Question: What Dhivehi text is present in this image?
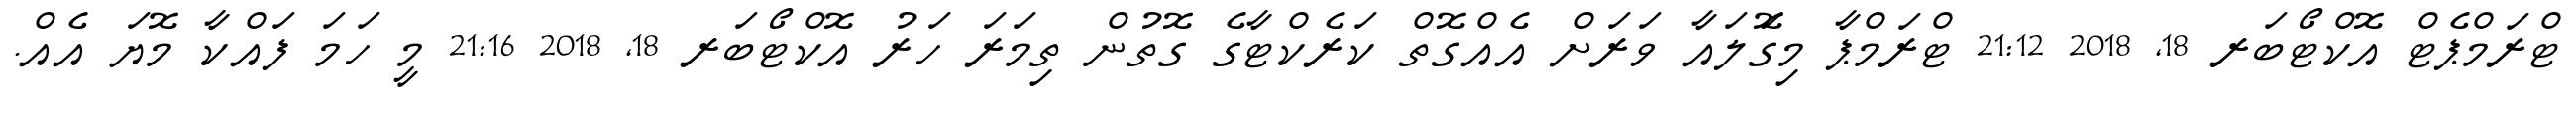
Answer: ޓްރަމްޕެޓް އޮކްޓޯބަރ 18, 2018 21:12 ޓްރަމްޕާ މިގޮަލައާ ވަރަށް އެއްގޮތް ކަރެކްޓާގެ ގޮތުން ތިމަރަ ހަރު އޮކްޓޯބަރ 18, 2018 21:16 މީ ހަމަ ފައްކާ މޮޔަ އެއް.